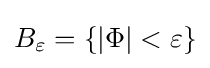
B_{\varepsilon }=\{|\Phi |<\varepsilon \}